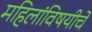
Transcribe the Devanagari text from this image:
महिलांविषयीचे